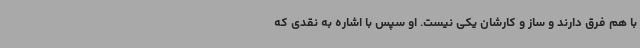
با هم فرق دارند و ساز و کارشان یکی نیست. او سپس با اشاره به نقدی که